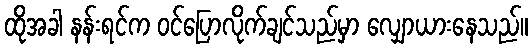
ထိုအခါ နန်းရင်က ဝင်ပြောလိုက်ချင်သည်မှာ လျှောယားနေသည်။